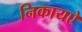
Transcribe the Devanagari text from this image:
निकायऐ